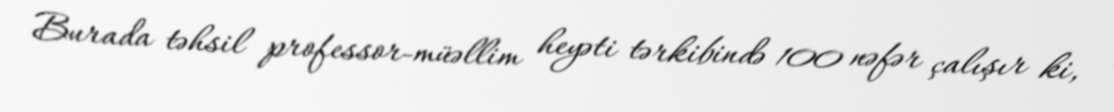
Burada təhsil professor-müəllim heyəti tərkibində 100 nəfər çalışır ki,